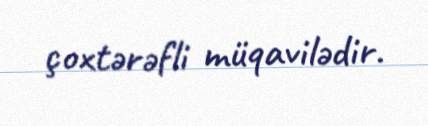
çoxtərəfli müqavilədir.